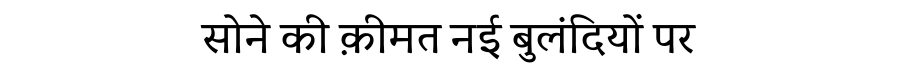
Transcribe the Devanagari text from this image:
सोने की क़ीमत नई बुलंदियों पर